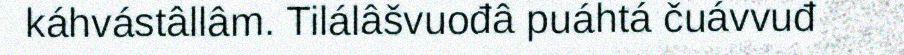
káhvástâllâm. Tilálâšvuođâ puáhtá čuávvuđ